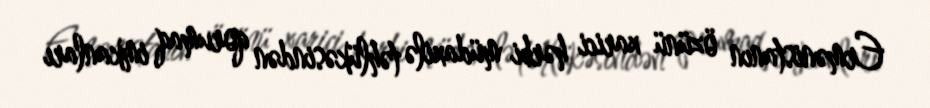
Ermənistanın özünü xarici hərbi müdaxilə təhlükəsindən qorumaq imkanları